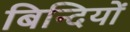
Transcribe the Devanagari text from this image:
बिन्दियों